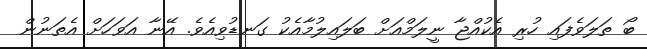
ބޯ ތަލަވެފައި ހުރި އެކުއްޖާ ނީލަމްއަށް ބަލައިލުމާއެކު ގަނޑުވިއެވެ. އޭނާ އަވަހަށް އެތަނުން